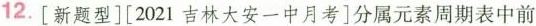
12.[新题型][2021 吉林大安一中月考]分属元素周期表中前